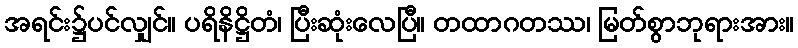
အရင်း၌ပင်လျှင်။ ပရိနိဋ္ဌိတံ၊ ပြီးဆုံးလေပြီ။ တထာဂတဿ၊ မြတ်စွာဘုရားအား။